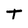
Character: t